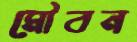
মৌবন